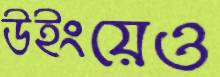
উইংয়েও